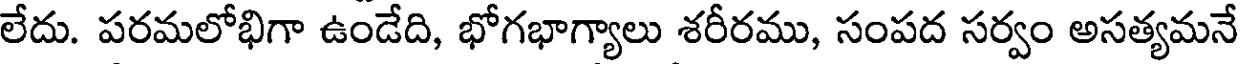
లేదు. పరమలోభిగా ఉండేది, భోగభాగ్యాలు శరీరము, సంపద సర్వం అసత్యమనే